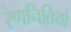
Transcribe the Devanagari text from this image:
रणनितियों